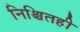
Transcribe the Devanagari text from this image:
निश्चितही